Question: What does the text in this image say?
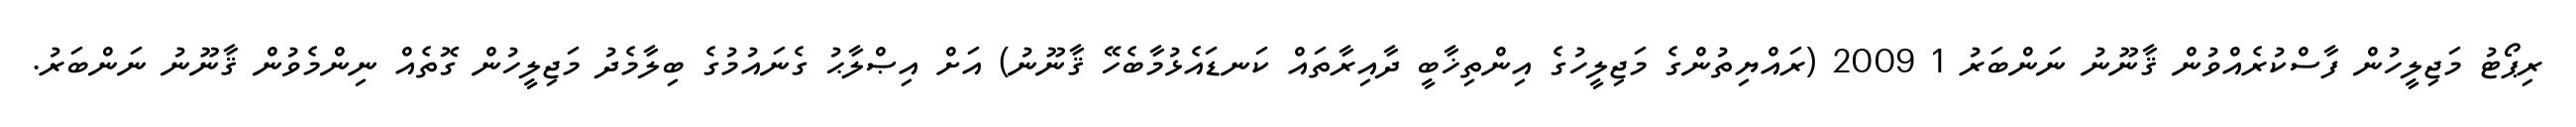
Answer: ރިޕޯޓު މަޖިލީހުން ފާސްކުރެއްވުން ޤާނޫނު ނަންބަރު 1 2009 (ރައްޔިތުންގެ މަޖިލީހުގެ އިންތިޚާބީ ދާއިރާތައް ކަނޑައެޅުމާބެހޭ ޤާނޫނު) އަށް އިޞްލާޙު ގެނައުމުގެ ބިލާމެދު މަޖިލީހުން ގޮތެއް ނިންމެވުން ޤާނޫނު ނަންބަރު.